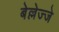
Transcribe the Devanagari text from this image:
बेल्लेज्जे